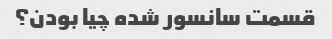
قسمت سانسور شده چیا بودن؟